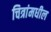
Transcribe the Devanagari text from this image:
चित्रांमधील